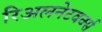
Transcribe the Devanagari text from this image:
रिअलनेटवर्क्स